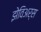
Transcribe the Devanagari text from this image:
झेविअर्स